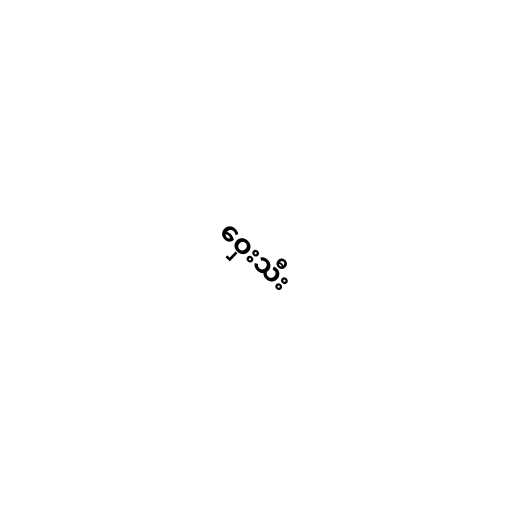
ဝှေးသီး